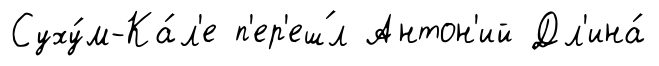
Суху́м-Ка́л'е п'ер'еш́л Антон'ий Дл'ина́